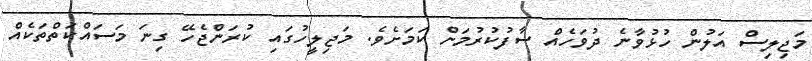
މަޖިލިސް އަލުން ހުޅުވާނެ ދުވަހެއް ސާފުކުރުމަށް ކަމަށެވެ. މަޖިލީހުގައި ކުރަންޖެހޭ ގިނަ މަސައްކަތްތަކެއް